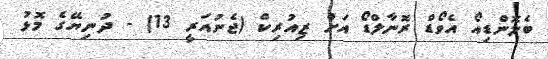
ބެލޮންޑިއޯ އެވޯޑް ރޮނާލްޑޯ އަށް ޒިއުރިކް (ޖެނުއަރީ 13) - ދުނިޔޭގެ މޮޅު